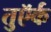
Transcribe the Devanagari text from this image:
तुऍर्क